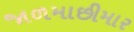
જાળમાછીમાર